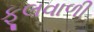
ફૂલવાળી